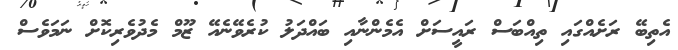
އެތިބޭ ރަށެއްގައި ތިއްބަސް ރައީސަށް އެމެންނާއި ބައްދަލު ކުރެވޭނެއޭ ޒޫމް މެދުވެރިކޮށް ނަމަވެސް